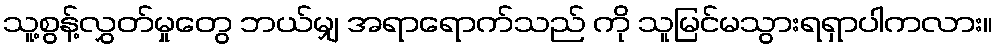
သူ့စွန့်လွှတ်မှုတွေ ဘယ်မျှ အရာရောက်သည် ကို သူမြင်မသွားရရှာပါကလား။